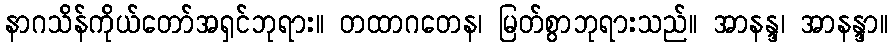
နာဂသိန်ကိုယ်တော်အရှင်ဘုရား။ တထာဂတေန၊ မြတ်စွာဘုရားသည်။ အာနန္ဒ၊ အာနန္ဒာ။